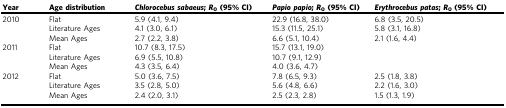
<table><thead><tr><td><b>Year</b></td><td><b>Age distribution</b></td><td><b><i>Chlorocebus sabaeus</i>; <i>R</i><sub>0</sub> (95% CI)</b></td><td><b><i>Papio papio</i>; <i>R</i><sub>0</sub> (95% CI)</b></td><td><b><i>Erythrocebus patas</i>; <i>R</i><sub>0</sub> (95% CI)</b></td></tr></thead><tbody><tr><td>2010</td><td>Flat</td><td>5.9 (4.1, 9.4)</td><td>22.9 (16.8, 38.0)</td><td>6.8 (3.5, 20.5)</td></tr><tr><td></td><td>Literature Ages</td><td>4.1 (3.0, 6.1)</td><td>15.3 (11.5, 25.1)</td><td>5.8 (3.1, 16.8)</td></tr><tr><td></td><td>Mean Ages</td><td>2.7 (2.2, 3.8)</td><td>6.6 (5.1, 10.4)</td><td>2.1 (1.6, 4.4)</td></tr><tr><td>2011</td><td>Flat</td><td>10.7 (8.3, 17.5)</td><td>15.7 (13.1, 19.0)</td><td></td></tr><tr><td></td><td>Literature Ages</td><td>6.9 (5.5, 10.8)</td><td>10.7 (9.1, 12.9)</td><td></td></tr><tr><td></td><td>Mean Ages</td><td>4.3 (3.5, 6.4)</td><td>4.0 (3.6, 4.7)</td><td></td></tr><tr><td>2012</td><td>Flat</td><td>5.0 (3.6, 7.5)</td><td>7.8 (6.5, 9.3)</td><td>2.5 (1.8, 3.8)</td></tr><tr><td></td><td>Literature Ages</td><td>3.5 (2.8, 5.0)</td><td>5.6 (4.8, 6.6)</td><td>2.2 (1.6, 3.0)</td></tr><tr><td></td><td>Mean Ages</td><td>2.4 (2.0, 3.1)</td><td>2.5 (2.3, 2.8)</td><td>1.5 (1.3, 1.9)</td></tr></tbody></table>